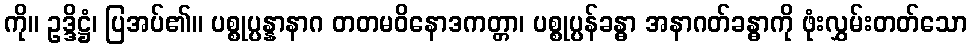
ကို။ ဥဒ္ဒိဋ္ဌံ၊ ပြအပ်၏။ ပစ္စုပ္ပန္နာနာဂ တတမဝိနောဒကတ္တာ၊ ပစ္စုပ္ပန်ခန္ဓာ အနာဂတ်ခန္ဓာကို ဖုံးလွှမ်းတတ်သော